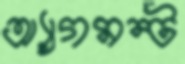
অ্যাগমন্ট